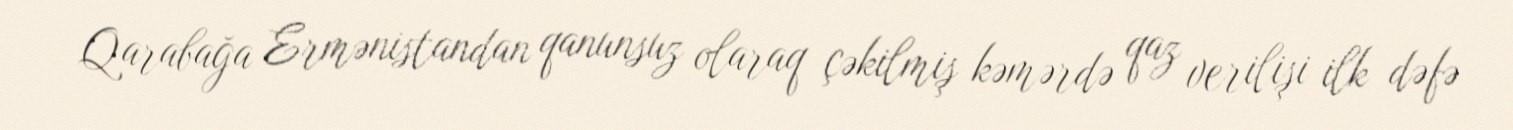
Qarabağa Ermənistandan qanunsuz olaraq çəkilmiş kəmərdə qaz verilişi ilk dəfə